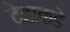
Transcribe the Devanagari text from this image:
देहाकडे